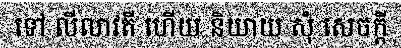
ទៅ លីលាវតី ហើយ និយាយ សុំ សេចក្តី